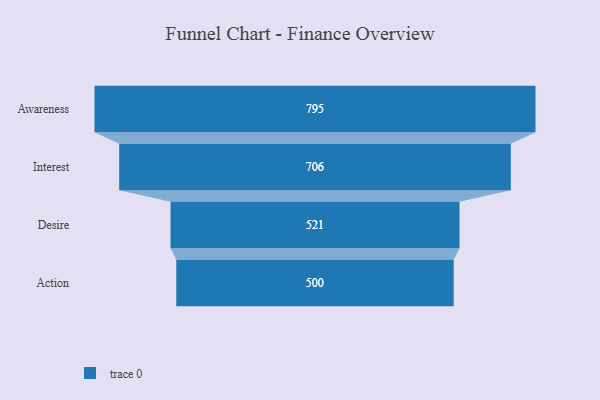
{"axis": {"x": "Stage", "y": "Value"}, "legend": [""], "data": [{"x": "Awareness", "y": 795.0, "type": ""}, {"x": "Interest", "y": 706.0, "type": ""}, {"x": "Desire", "y": 521.0, "type": ""}, {"x": "Action", "y": 500, "type": ""}]}